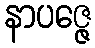
နာပဇ္ဇေ